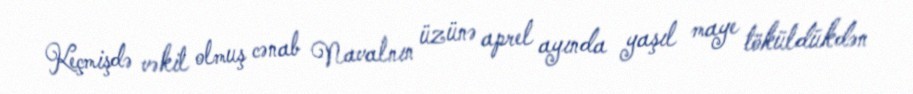
Keçmişdə vəkil olmuş cənab Navalnın üzünə aprel ayında yaşıl maye töküldükdən